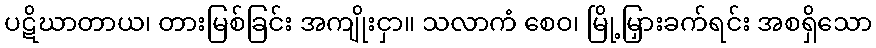
ပဋိဃာတာယ၊ တားမြစ်ခြင်း အကျိုးငှာ။ သလာကံ စေဝ၊ မြို့မြှားခက်ရင်း အစရှိသော